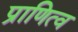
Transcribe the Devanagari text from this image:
प्राणित्व